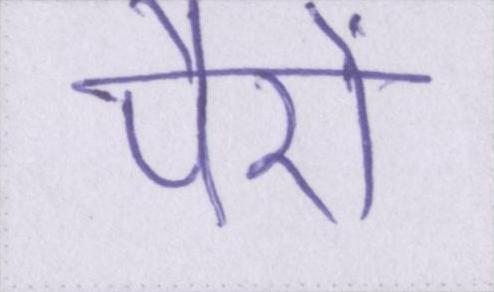
पैरों